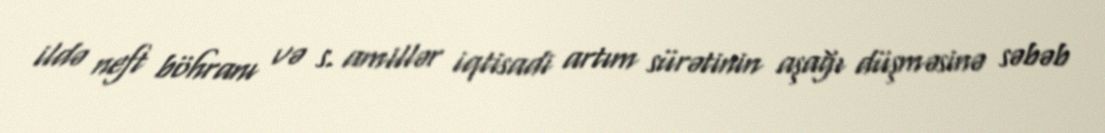
ildə neft böhranı və s. amillər iqtisadi artım sürətinin aşağı düşməsinə səbəb